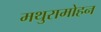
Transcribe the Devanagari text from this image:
मथुरामोहन